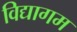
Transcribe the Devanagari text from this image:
विद्यागम